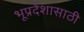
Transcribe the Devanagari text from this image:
भूप्रदेशासाठी